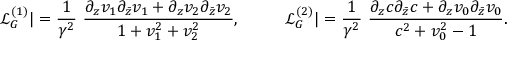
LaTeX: { \mathcal L } _ { G } ^ { ( 1 ) } | = \frac { 1 } { \gamma ^ { 2 } } \, \, \frac { \partial _ { z } v _ { 1 } \partial _ { \bar { z } } v _ { 1 } + \partial _ { z } v _ { 2 } \partial _ { \bar { z } } v _ { 2 } } { 1 + v _ { 1 } ^ { 2 } + v _ { 2 } ^ { 2 } } , ~ ~ ~ ~ ~ ~ ~ ~ { \mathcal L } _ { G } ^ { ( 2 ) } | = \frac { 1 } { \gamma ^ { 2 } } \, \, \frac { \partial _ { z } c \partial _ { \bar { z } } c + \partial _ { z } v _ { 0 } \partial _ { \bar { z } } v _ { 0 } } { c ^ { 2 } + v _ { 0 } ^ { 2 } - 1 } .